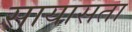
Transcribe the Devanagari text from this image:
सायासता